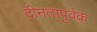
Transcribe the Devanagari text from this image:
दीनतापुर्वक